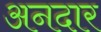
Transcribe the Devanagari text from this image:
अनदार